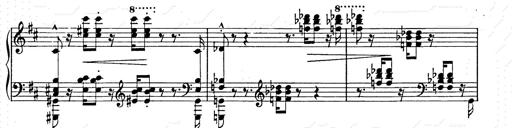
Title: Ballade No.2
Composer: Jan Skrzydlewski
Key: B minor